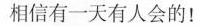
相信有一天有人会的!